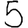
Digit: 5